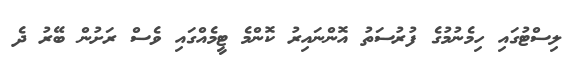
ލިސްޓުގައި ހިމެނުމުގެ ފުރުސަތު އޮންނައިރު ކޮންމެ ޓީމެއްގައި ވެސް ރަށުން ބޭރު ދެ